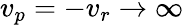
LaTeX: v_{p}=-v_{r}\to\infty